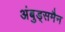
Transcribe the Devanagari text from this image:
अंबुड्समैन